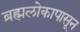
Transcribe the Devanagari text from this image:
ब्रह्मलोकापासून